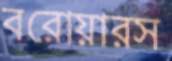
বরোয়ারস